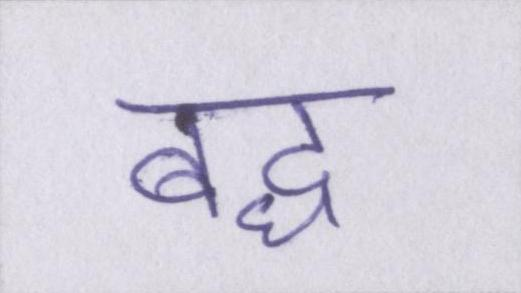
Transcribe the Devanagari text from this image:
बद्ध